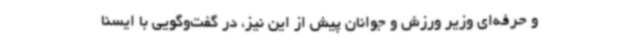
و حرفه‌ای وزیر ورزش و جوانان پیش از این نیز، در گفت‌وگویی با ایسنا